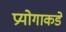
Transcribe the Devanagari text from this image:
प्रयोगाकडे